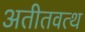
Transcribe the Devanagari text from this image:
अतीतवत्थ